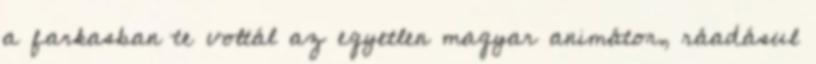
a farkasban te voltál az egyetlen magyar animátor, ráadásul